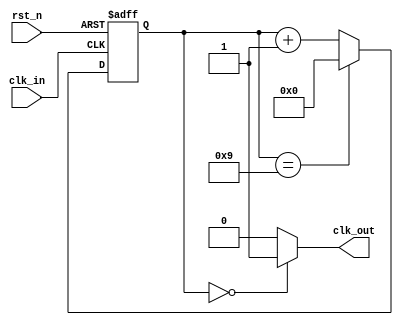
module cnt_div
#(
  parameter DIV_CNT=10,
  parameter WIDTH = $clog2(DIV_CNT)
)
(
 input  clk_in,
 input  rst_n,
 output clk_out
);

   
   reg [WIDTH-1:0] cnt;

   always@(posedge clk_in or negedge rst_n)
     begin
        if(!rst_n)
          cnt <= {WIDTH{1'b0}};
        else if(cnt == DIV_CNT-1)
          cnt <= {WIDTH{1'b0}};
        else
          cnt <= cnt + 1'b1;
     end
   
   assign clk_out = (cnt == 0) ? 1'b1 : 1'b0;
   
endmodule